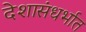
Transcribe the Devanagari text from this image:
देशासंधर्भात